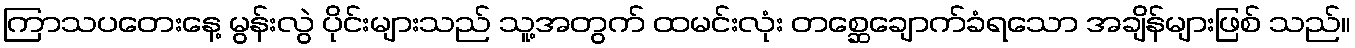
ကြာသပတေးနေ့ မွန်းလွဲ ပိုင်းများသည် သူ့အတွက် ထမင်းလုံး တစ္ဆေချောက်ခံရသော အချိန်များဖြစ် သည်။